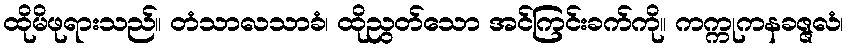
ထိုမိဖုရားသည်။ တံသာလသာခံ၊ ထိုညွတ်သော အင်ကြင်းခက်ကို။ ကက္ကုကနခဇ္ဇလံ၊